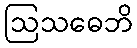
ဩသဓေဘိ